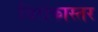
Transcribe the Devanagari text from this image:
जिरोकास्तर